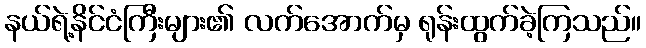
နယ်ရဲ့နိင်ငံကြီးများ၏ လက်အောက်မှ ရုန်းထွက်ခဲ့ကြသည်။